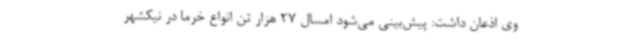
وی اذعان داشت: پیش‌بینی می‌شود امسال 27 هزار تن انواع خرما در نیکشهر